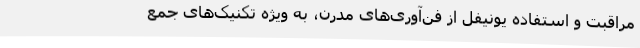
مراقبت و استفاده یونیفل از فن‌آوری‌های مدرن، به ویژه تکنیک‌های جمع